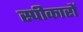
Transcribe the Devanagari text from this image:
स्पीकारों